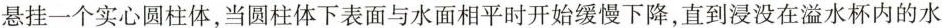
一个实心圆柱体，当圆柱体下表面与水面相平时开始缓慢下降，直到浸没在溢水杯内的水